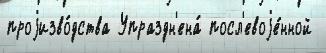
проjизво́дства Упраздн'ена́ посл'евоjе́нной